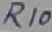
Text: R10